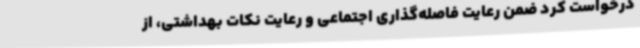
درخواست کرد ضمن رعایت فاصله‌گذاری اجتماعی و رعایت نکات بهداشتی، از